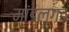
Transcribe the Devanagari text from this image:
मांडलगड